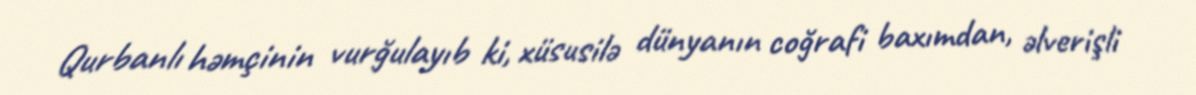
Qurbanlı həmçinin vurğulayıb ki, xüsusilə dünyanın coğrafi baxımdan, əlverişli